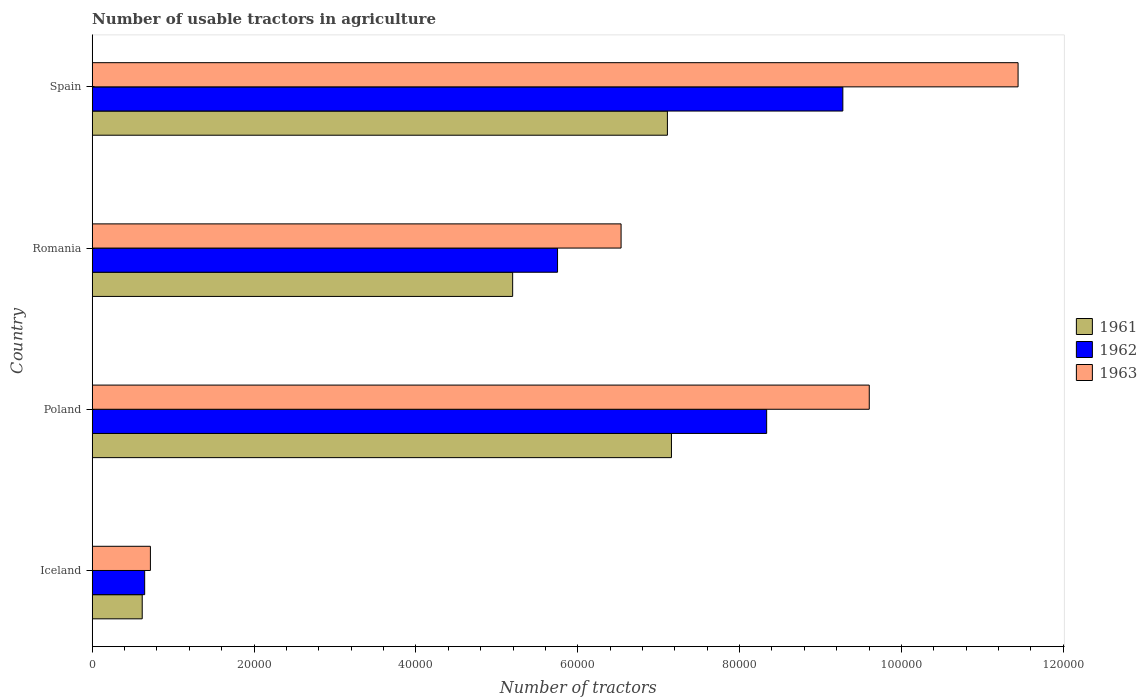
| Country | 1961 | 1962 | 1963 |
 | --- | --- | --- | --- |
 | Iceland | 6.18e+03 | 6.48e+03 | 7.19e+03 |
 | Poland | 7.16e+04 | 8.33e+04 | 9.6e+04 |
 | Romania | 5.2e+04 | 5.75e+04 | 6.54e+04 |
 | Spain | 7.11e+04 | 9.28e+04 | 1.14e+05 |